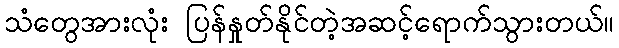
သံတွေအားလုံး ပြန်နှုတ်နိုင်တဲ့အဆင့်ရောက်သွားတယ်။